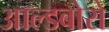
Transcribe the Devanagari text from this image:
आल्डबोरो